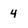
Character: 4